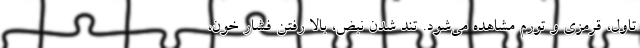
تاول، قرمزی و تورم مشاهده می‌شود. تند شدن نبض، بالا رفتن فشار خون،